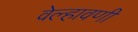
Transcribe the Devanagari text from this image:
वेल्हावणी